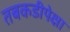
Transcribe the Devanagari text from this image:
तबकडीपेक्षा